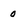
Character: 0